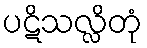
ပဋိသလ္လိတုံ